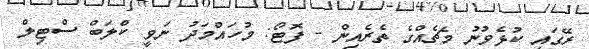
ރޭގައި ކުޅެވުނު މެޗެއްގެ ތެރެއިން - ފޮޓޯ: މުހައްމަދު ނަވީ ކްލަބް ސްޓިލް